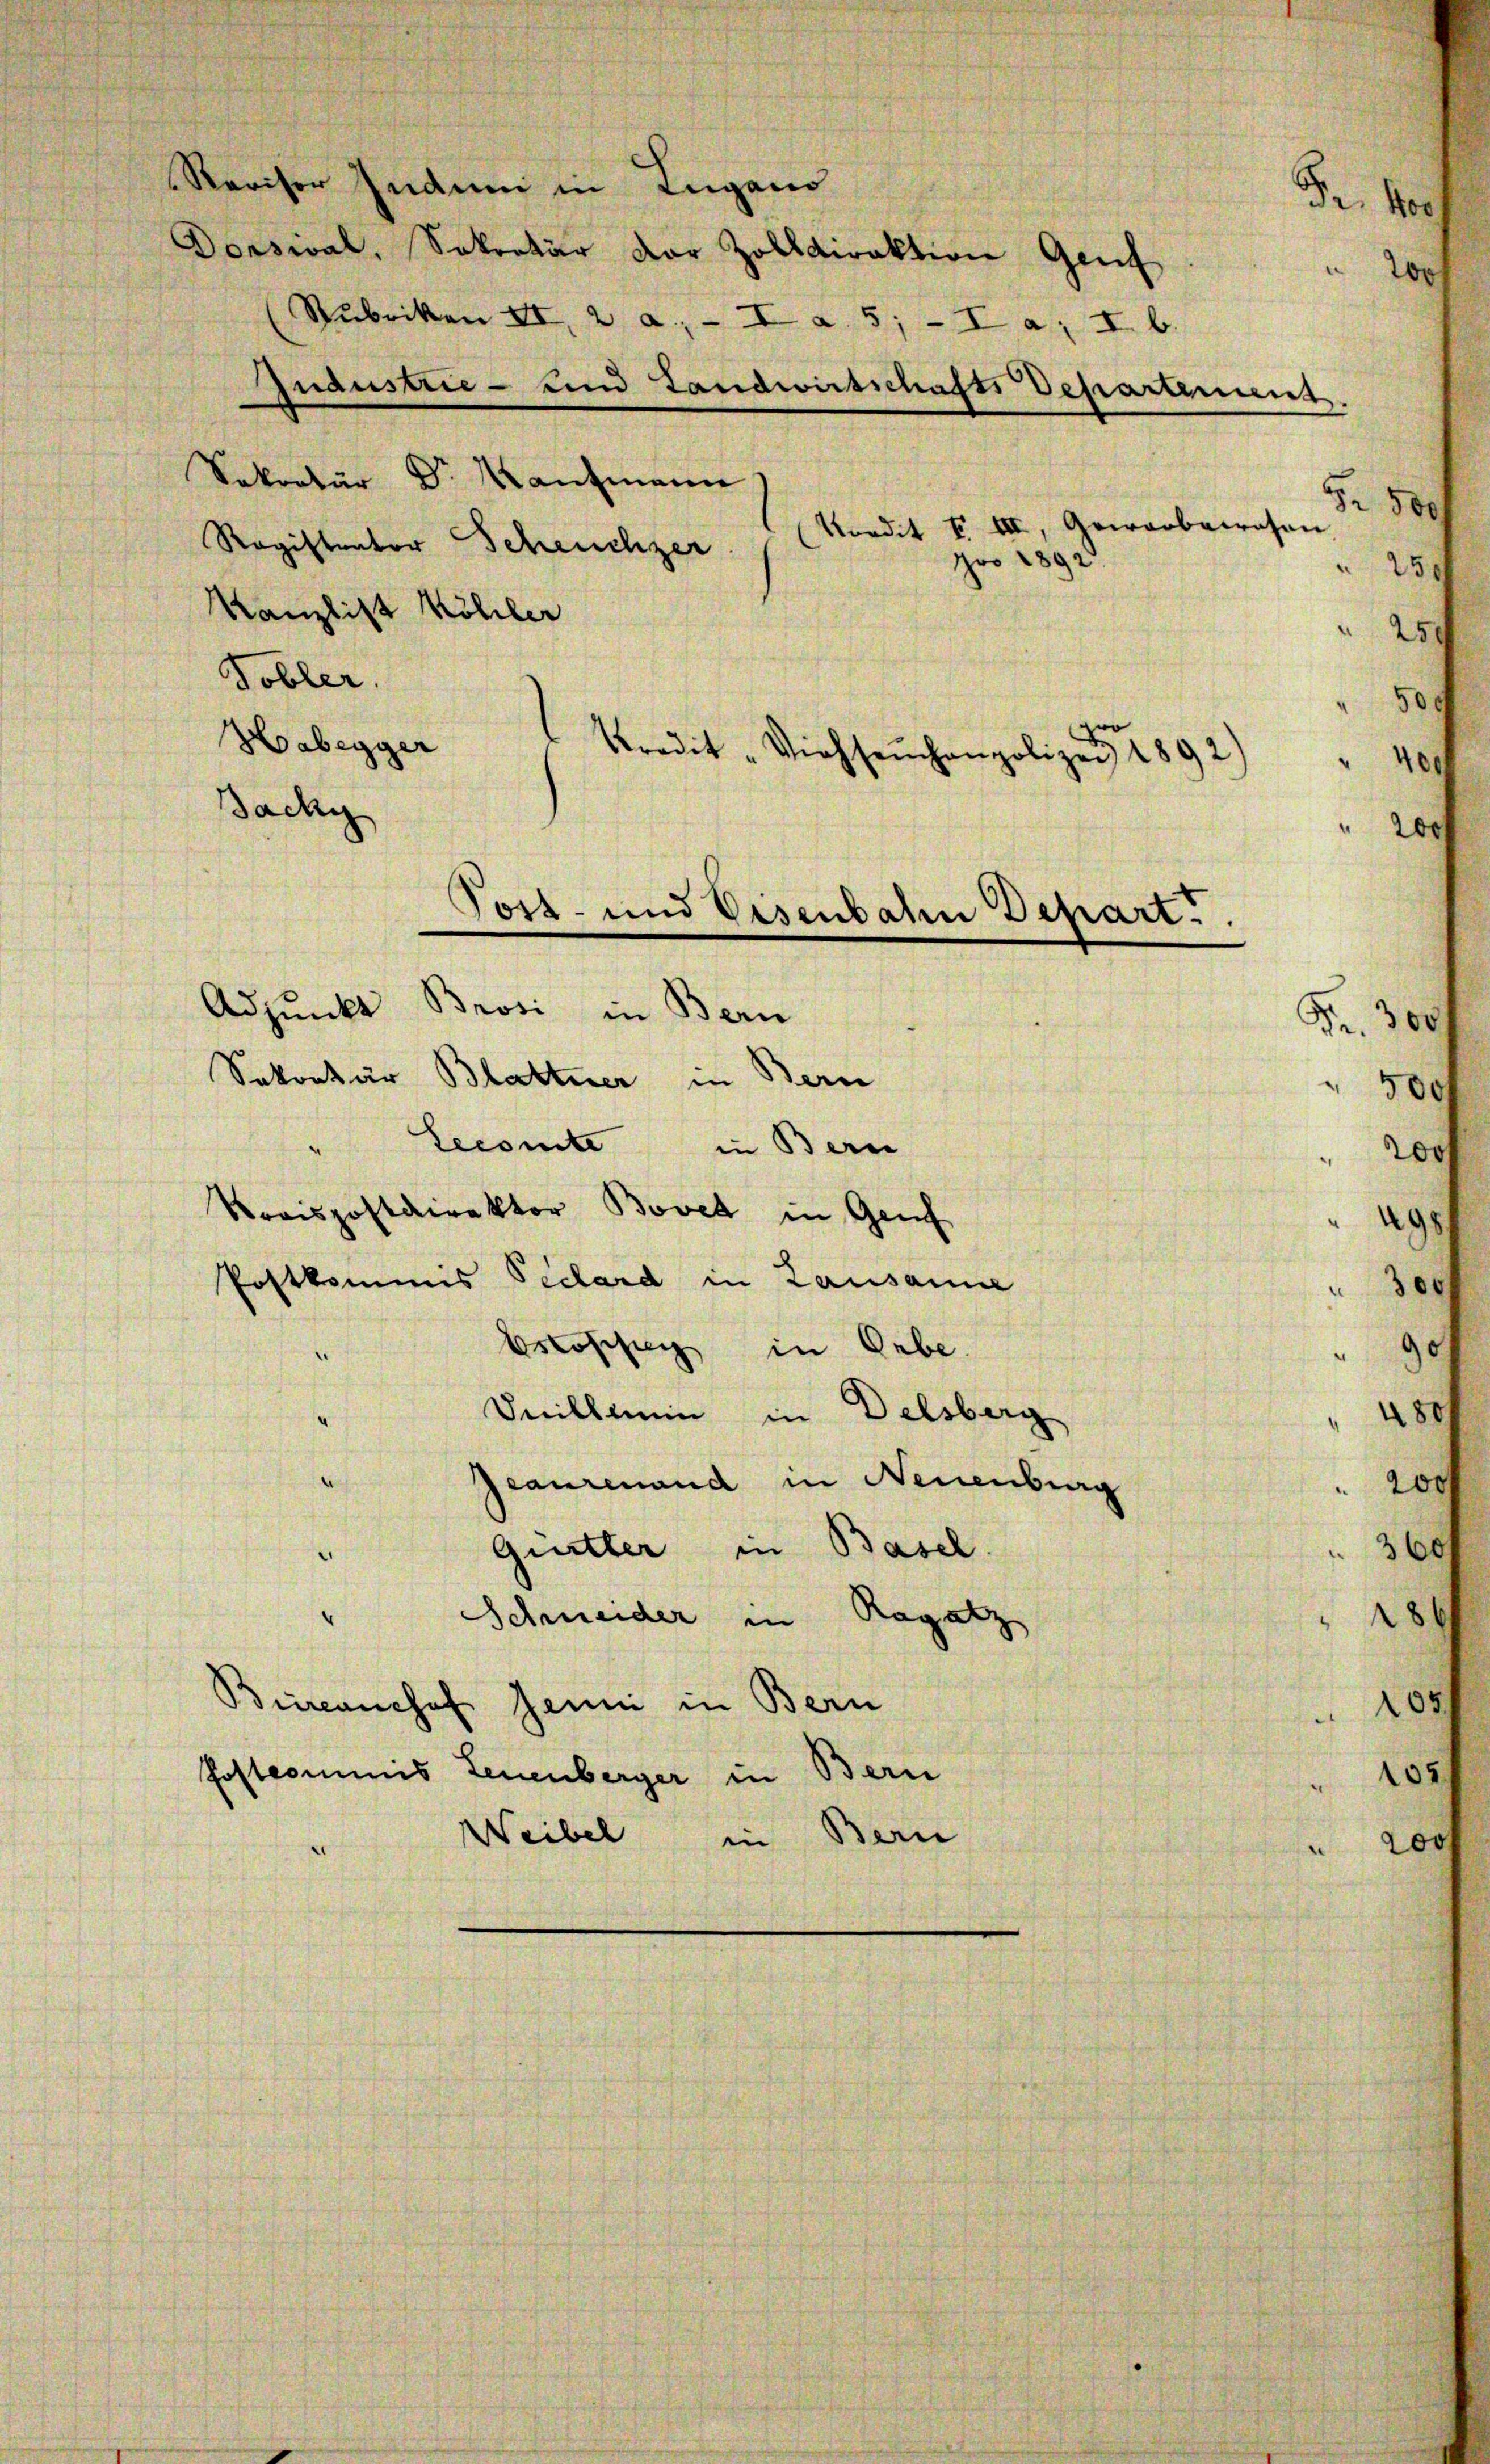
Revisor Indum in Lugano
Dorsival, Sekretär der Zolldirektion Genf. 200
Rubriken II, 2 a - I a 5; - I a; I. b.
Sekretär Dr. Kaufmann
Ragistrator Scheuchzer
Kanzlist Köhler
Tobler.
Haberger
dadan
Adjunkt Brosi in Bern
Sekretär Blattner in Bern
Lecomte in Bern
Rorispostdirektor Bovet in Genf
Postkommis Pechard in Lausanne
bstossen in Orbe.
Inillein in Delsberg
e
Geaurenand in Neuenburg
Guetter in Basel.
Schneider in Ragatz
Büreanchef Jenni in Bern
Postcommis Leuenberger in Bern
Weibel
in Bern

Tost- und Eisenbahn Depart.

Jnaustrie - und Landwirtschafts Departement.
pro 1892.
Kredit "Viehseuchenpolizei 189

500
(Nordit I. III, Gewarbaresen
250
250
50.
zwo
400

E

i

Dr. Hoch

Se.
51

200